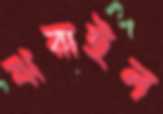
ঝরাইল